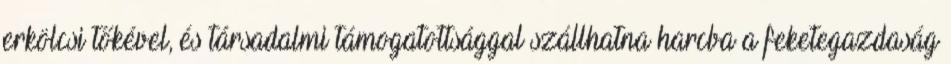
erkölcsi tőkével, és társadalmi támogatottsággal szállhatna harcba a feketegazdaság